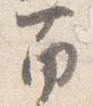
南